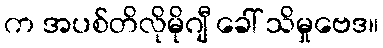
က အပစ်တိလိုမိုဂျီ ခေါ် သိမှုဗေဒ။